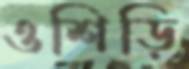
ওশিড়ি